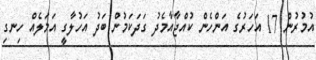
އުމުރުން 17 އަހަރުގެ އަންހެން ކުއްޖާއާމެދު ގަދަކަމުން ބަދު އަހުލާގީ އަމަލެއް ހިނގި